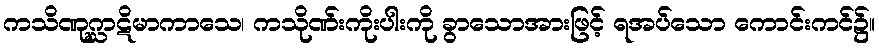
ကသိဏုဂ္ဃာဋိမာကာသေ၊ ကသိုဏ်းကိုးပါးကို ခွာသောအားဖြင့် ရအပ်သော ကောင်းကင်၌။